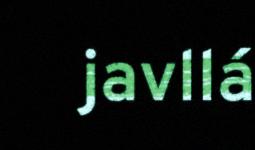
javllá